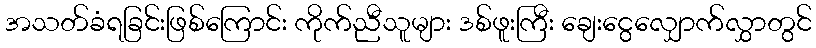
အသတ်ခံရခြင်းဖြစ်ကြောင်း ကိုက်ညီသူများ ဒစ်ဖူးကြီး ချေးငွေလျှောက်လွှာတွင်